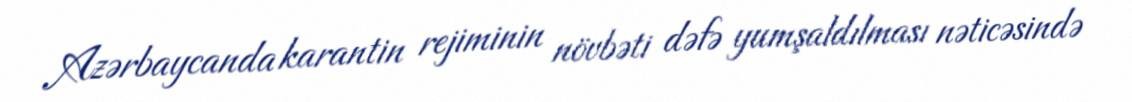
Azərbaycanda karantin rejiminin növbəti dəfə yumşaldılması nəticəsində